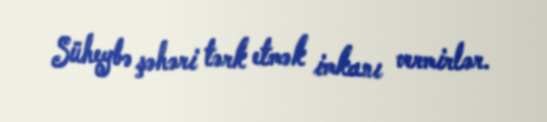
Süheybə şəhəri tərk etmək imkanı vermirlər.